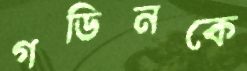
গডিনকে